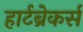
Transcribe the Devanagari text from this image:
हार्टब्रेकर्स